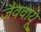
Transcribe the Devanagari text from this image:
जैववायू